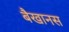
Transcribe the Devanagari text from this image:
बैखानस